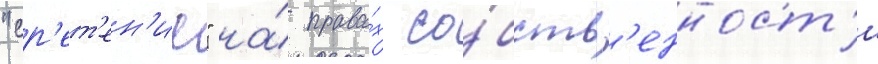
"ср'ет'ен'ие" на́ права́х со́бств'енност'и